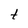
Character: t